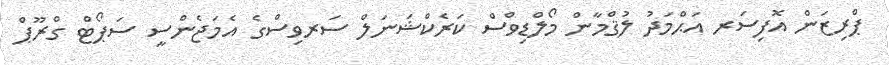
ޕްރިޒަން އޮފިސަރ އަޙްމަދު ލުޤްމާން މޯލްޑިވްސް ކަރެކްޝަނަލް ސަރވިސްގެ އެމަޖެންސީ ސަޕޯޓް ގްރޫޕް